Annual report on the working of the lock hospitals in the Central Provinces
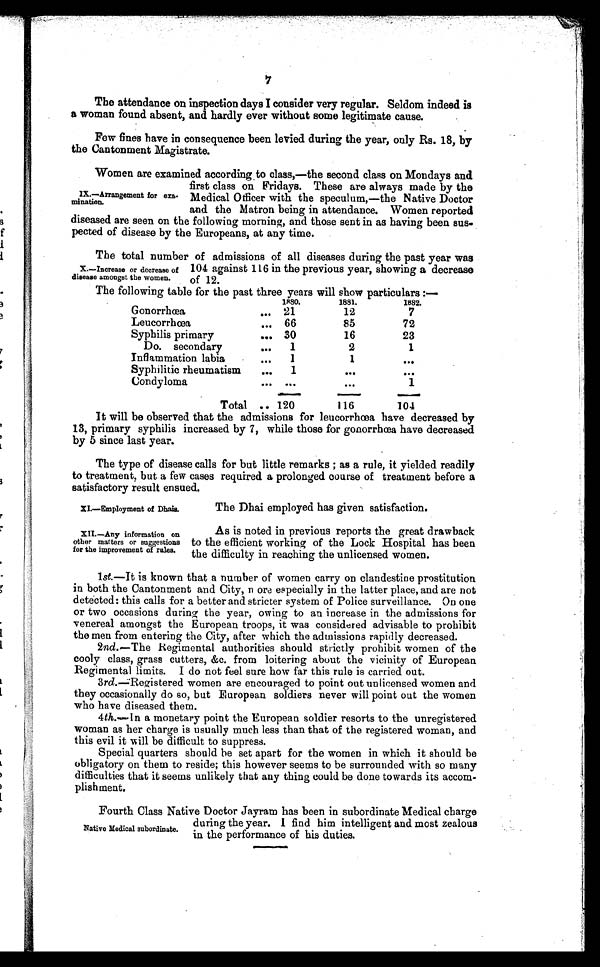
XI.—Employment of Dhais.
XII.—Any information on
other matters or suggestions
for the improvement of rules.
The attendance on inspection days I consider very regular. Seldom indeed is
a woman found absent, and hardly ever without some legitimate cause.
Few fines have in consequence been levied during the year, only Rs. 18, by
the Cantonment Magistrate.
Women are examined according to class,—the second class on Mondays and
first class on Fridays. These are always made by the
Medical Officer with the speculum,—the Native Doctor
and the Matron being in attendance. Women reported
diseased are seen on the following morning, and those sent in as having been sus.
petted of disease by the Europeans, at any time.
The total number of admissions of all diseases during the past year was
104 against 116 in the previous year, showing a decrease
of 12.
The following table for the past three years will show narticulars
1880.
1881.
1882.
Gonorrhœa
. . . 21
12
7
Leucorrhœa
... 66
85
72
Syphilis primary
...
30
16
23
Do. secondary
. . .
1
2
1
Inflammation labia
. . .
1
1
. . .
Syphilitic rheumatism
...
1
. . .
. . .
Condyloma
. . . . . .
...
1
Total
... 120
116
104
It will be observed that the admissions for leucorrhœa have decreased by
13, primary syphilis increased by 7, while those for gonorrhœa have decreased
by 5 since last year.
The type of disease calls for but little remarks ; as a rule, it yielded readily
to treatment, but a few cases required a prolonged course of treatment before a
satisfactory result ensued.
IX.—Arrangement for e
xamination.
X.—Increase or decrease of
disease amongst the women.
The Dhai employed has given satisfaction.
As is noted in previous reports the great drawback
to the efficient working of the Lock Hospital has been
t he di f f i cul t y i n r eachi ng t he unl i cens ed women.
1 st. —It is known that a number of women carry on clandestine prostitution
in both the Cantonment and City, more especially in the latter place, and are not
detected: this calls for a better and stricter system of Police surveillance. On one
or two occasions during the year, owing to an increase in the admissions for
venereal amongst the European troops, it was considered advisable to prohibit
the men from entering the City, after which the admissions rapidly decreased.
2nd. —The Regimental authorities should strictly prohibit women of the
cooly class, grass cutters, &amp;c. from loitering about the vicinity of European
Regimental limits. I do not feel sure how far this rule is carried out.
3 rd. —Registered women are encouraged to point out unlicensed women and
they occasionally do so, but European soldiers never will point out the women
who have diseased them.
4 th .—In a monetary point the European soldier resorts to the unregistered
woman as her charge is usually much less than that of the registered woman, and
this evil it will be difficult to suppress.
Special quarters should be set apart for the women in which it should be
obligatory on them to reside; this however seems to be surrounded with so many
difficulties that it seems unlikely that any thing could be done towards its accom
plishment.
N a t i v e M e d i c a l s u b o r d i n a t e .
F o u r t h C l a s s N a t i v e D o c t o r J a y r a m h a s b e e n i n s u b o r d i n a t e M e d i c a l c h a r g e d u r i n g t h e y e a r . I f i n d h i m i n t e l l i g e n t a n d m o s t z e a l o u s i n t h e p e r f o r m a n c e o f h i s d u t i e s .
Native Medical subordinate.
Fourth Class Native Doctor Jayram has been in subordinate Medical charge
during the year. I find him intelligent and most zealous
in the performance of his duties.